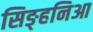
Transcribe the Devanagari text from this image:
सिङ्हनिआ